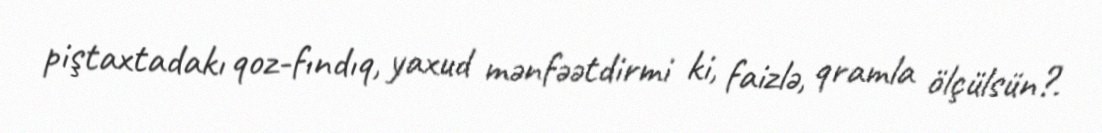
piştaxtadakı qoz-fındıq, yaxud mənfəətdirmi ki, faizlə, qramla ölçülsün?.